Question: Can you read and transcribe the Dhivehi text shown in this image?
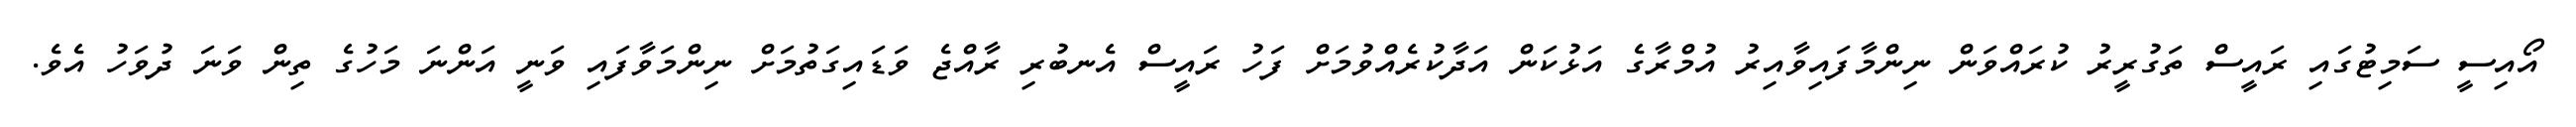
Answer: އޯއިސީ ސަމިޓުގައި ރައީސް ތަގުރީރު ކުރައްވަން ނިންމާފައިވާއިރު އުމްރާގެ އަޅުކަން އަދާކުރެއްވުމަށް ފަހު ރައީސް އެނބުރި ރާއްޖެ ވަޑައިގަތުމަށް ނިންމަވާފައި ވަނީ އަންނަ މަހުގެ ތިން ވަނަ ދުވަހު އެވެ.